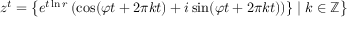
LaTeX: z ^ { t } = \left\{ e ^ { t \ln r } \, ( \cos ( \varphi t + 2 \pi k t ) + i \sin ( \varphi t + 2 \pi k t ) ) \} \mid k \in \mathbb { Z } \right\}